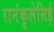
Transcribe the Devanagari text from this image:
रानंकुलेसिई